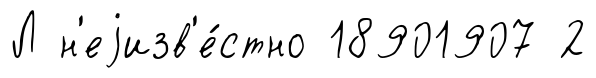
Л н'еjизв'е́стно 18901907 2